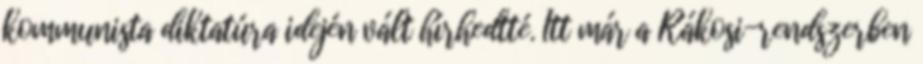
kommunista diktatúra idején vált hírhedtté. Itt már a Rákosi-rendszerben